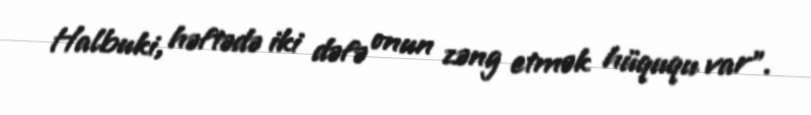
Halbuki, həftədə iki dəfə onun zəng etmək hüququ var”.